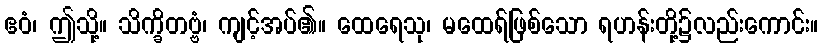
ဧဝံ၊ ဤသို့။ သိက္ခိတဗ္ဗံ၊ ကျင့်အပ်၏။ ထေရေသု၊ မထေရ်ဖြစ်သော ရဟန်းတို့၌လည်းကောင်း။